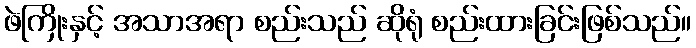
ဖဲကြိုးနှင့် အသာအရာ စည်းသည် ဆိုရုံ စည်းထားခြင်းဖြစ်သည်။